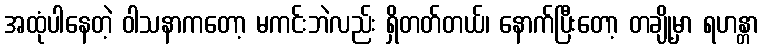
အထုံပါနေတဲ့ ဝါသနာကတော့ မကင်းဘဲလည်း ရှိတတ်တယ်၊ နောက်ပြီးတော့ တချို့မှာ ရဟန္တာ